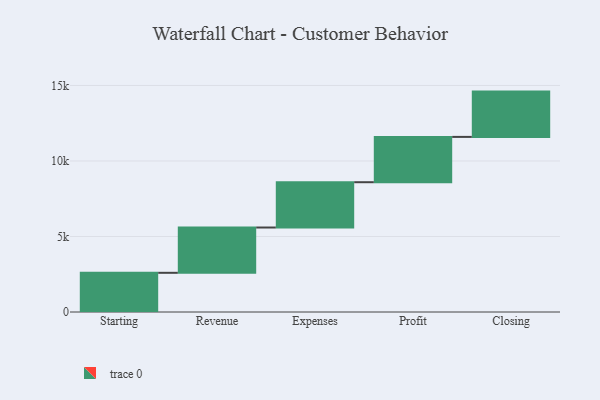
{"axis": {"x": "Step", "y": "Value"}, "legend": [""], "data": [{"x": "Starting", "y": 2595.0, "type": ""}, {"x": "Revenue", "y": 3000, "type": ""}, {"x": "Expenses", "y": 3000, "type": ""}, {"x": "Profit", "y": 3000, "type": ""}, {"x": "Closing", "y": 3000, "type": ""}]}